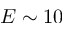
E \sim 1 0